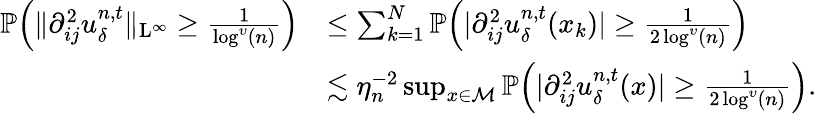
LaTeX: \begin{array}{rl}{\mathbb{P}\Big(\| \partial_{ij}^{2}u_{\delta}^{n,t}\| _{\mathrm{L}^{\infty}}\geq\frac{1}{\log^{\upsilon}(n)}\Big)}&{\leq\sum_{k=1}^{N}\mathbb{P}\Big(\vert\partial_{ij}^{2}u_{\delta}^{n,t}(x_{k})\vert\geq\frac{1}{2\log^{\upsilon}(n)}\Big)}\\ &{\lesssim\eta_{n}^{-2}\operatorname*{sup}_{x\in\mathcal{M}}\mathbb{P}\Big(\vert\partial_{ij}^{2}u_{\delta}^{n,t}(x)\vert\geq\frac{1}{2\log^{\upsilon}(n)}\Big).}\end{array}